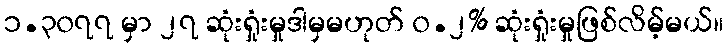
၁.၃၀၇၇ မှာ ၂၇ ဆုံးရှုံးမှုဒါမှမဟုတ် ၀.၂% ဆုံးရှုံးမှုဖြစ်လိမ့်မယ်။